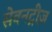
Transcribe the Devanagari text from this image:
सेवनट्रीज़